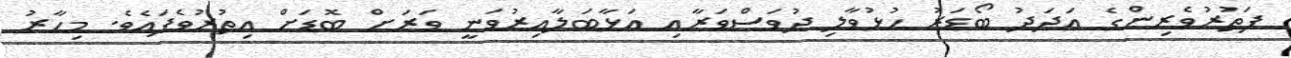
ފަތުރުވެރިންގެ ޢަދަދު ބޯޑަރު ހުޅުވާލި ދުވަސްވަރާއި އަޅާބަލާއިރުވަނީ ވަރަށް ބޮޑަށް އިތުރުވެފައެވެ. މިހާރު